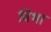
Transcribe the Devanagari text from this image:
विभां